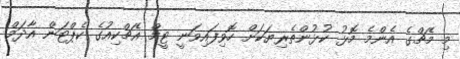
މި މެޗްގެ އެންމެ މޮޅު ކުޅުންތެރިޔަކަށް ހޮވިފައިވަނީ ޓީމް އެޗްކިއުގެ ކެޕްޓަން އާދަމް